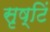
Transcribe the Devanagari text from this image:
सृष्टिं